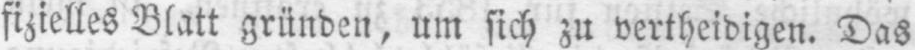
fizielles Blatt gründen, um sich zu vertheidigen. Das